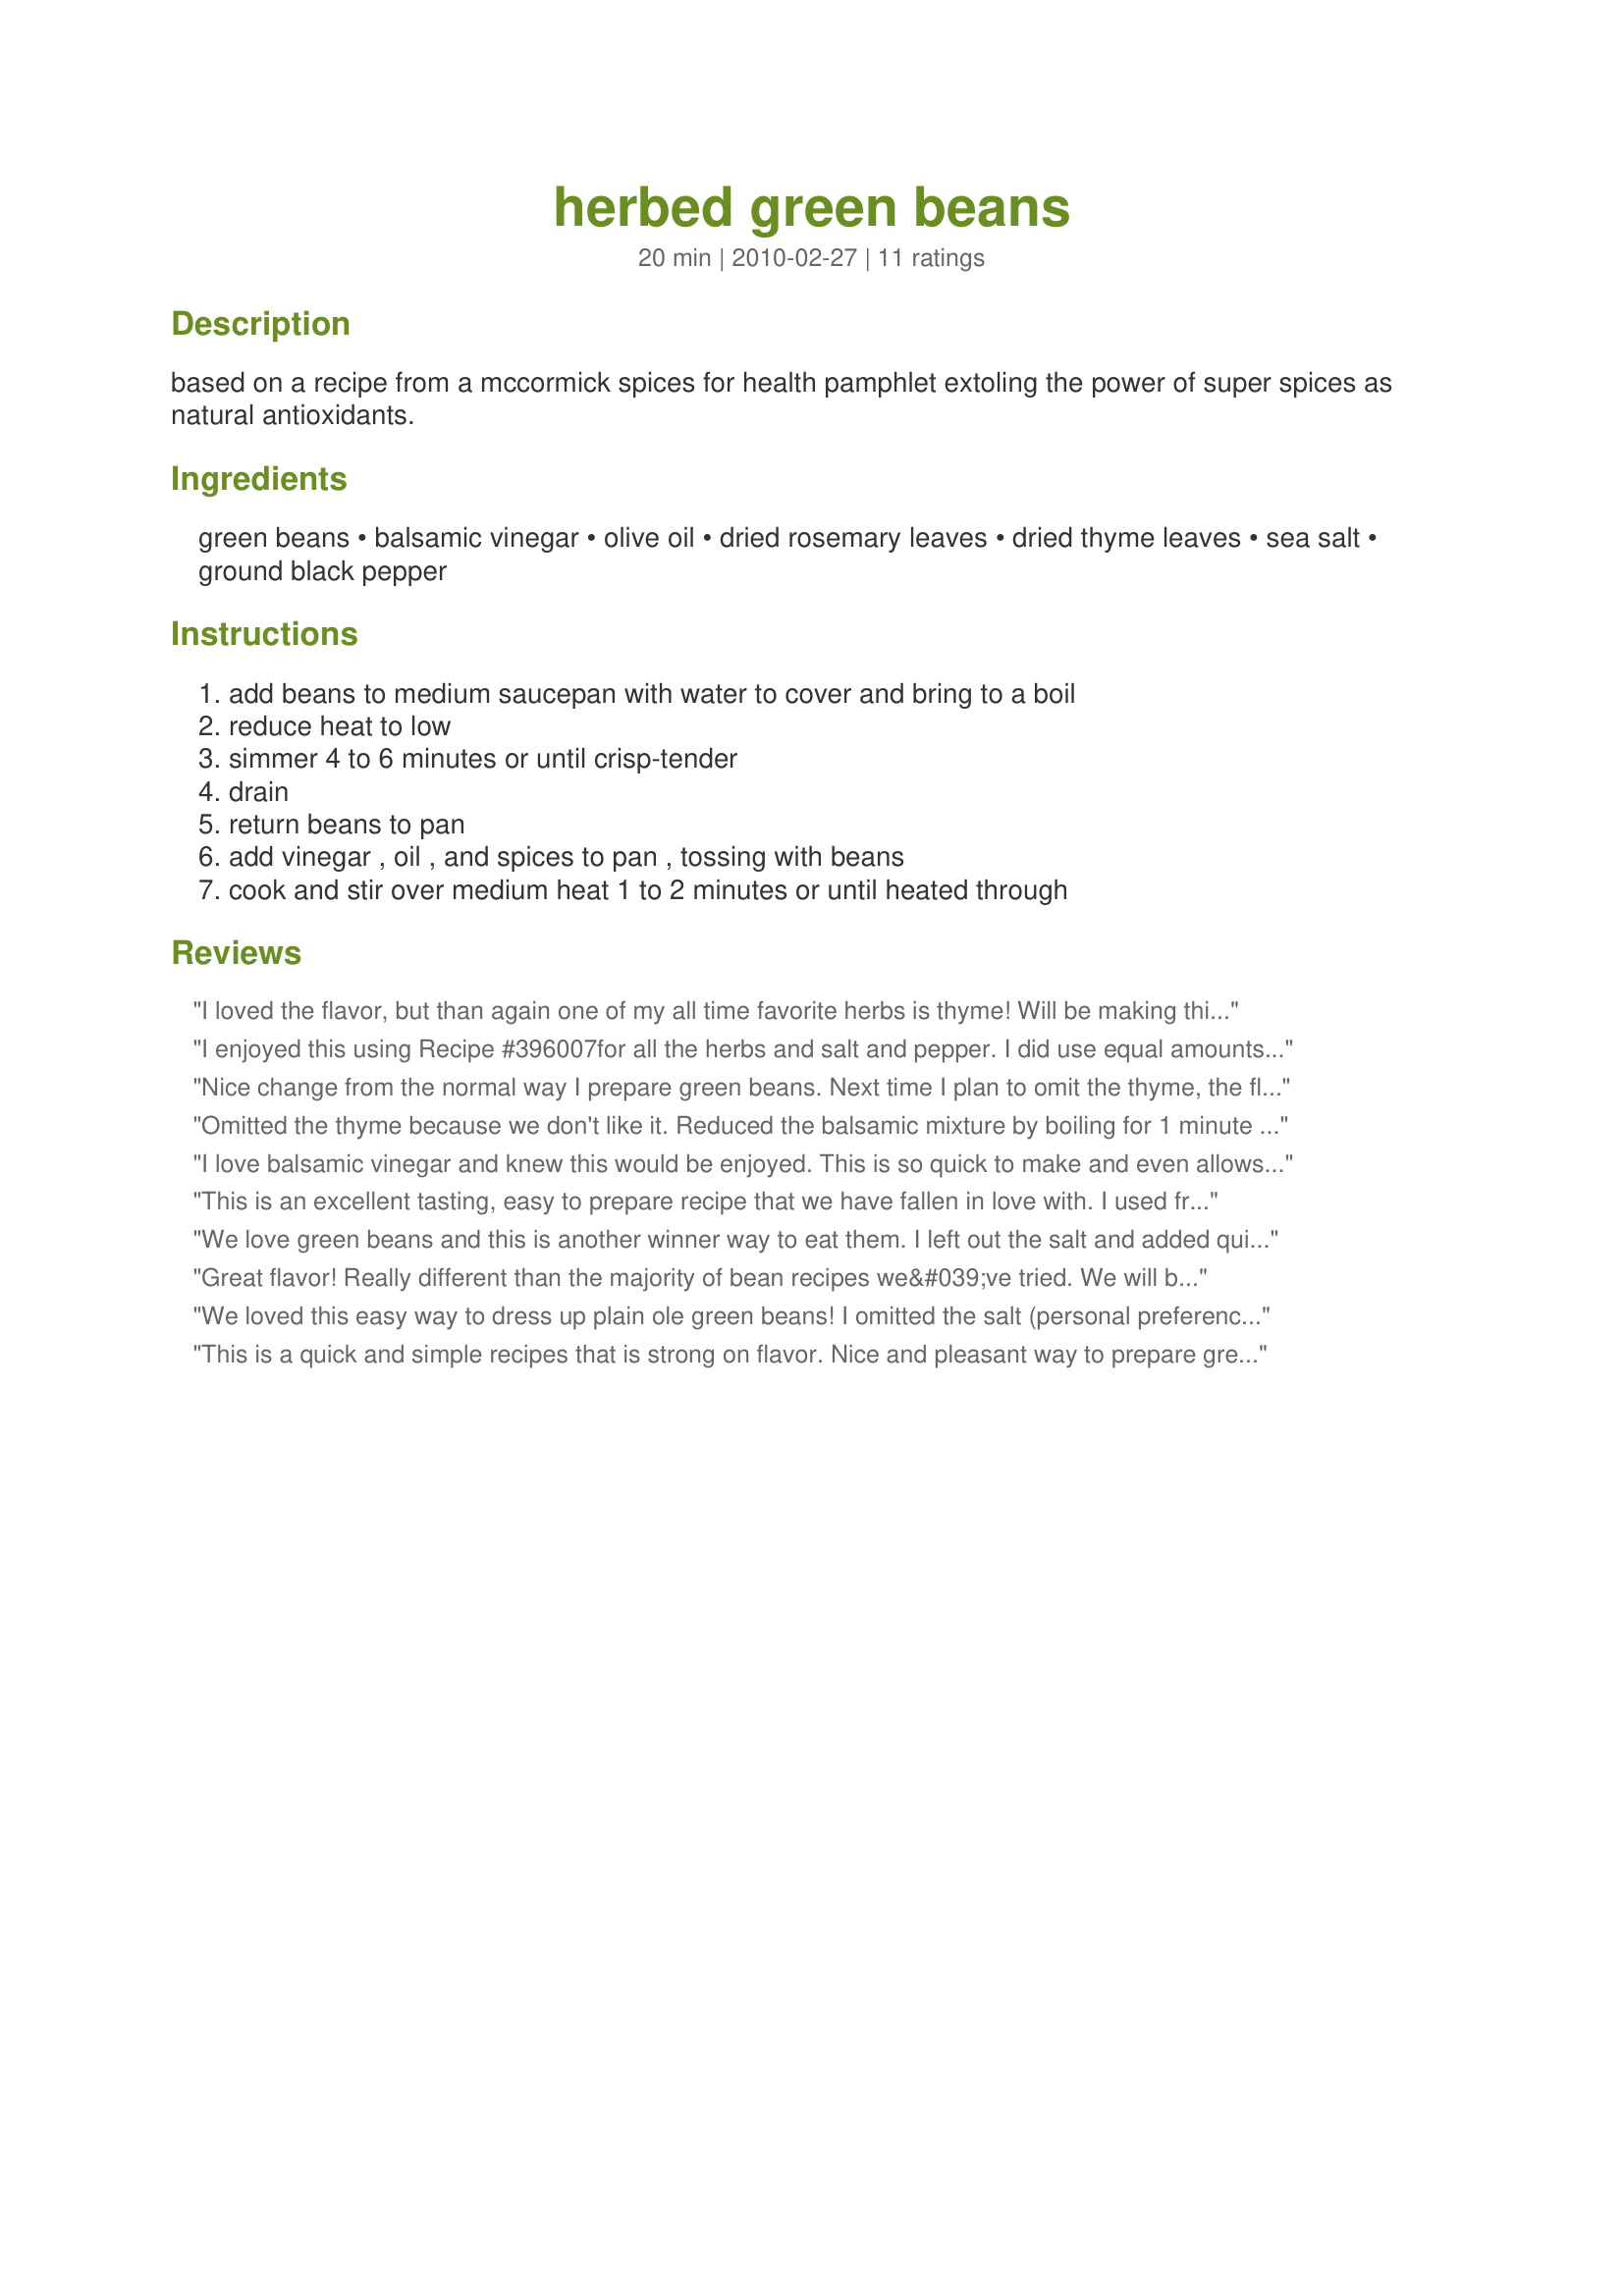
herbed green beans
Preparation time: 20 minutes

based on a recipe from a mccormick spices for health pamphlet extoling the power of super spices as natural antioxidants.

Ingredients:
green beans, balsamic vinegar, olive oil, dried rosemary leaves, dried thyme leaves, sea salt, ground black pepper

Steps:
add beans to medium saucepan with water to cover and bring to a boil, reduce heat to low, simmer 4 to 6 minutes or until crisp-tender, drain, return beans to pan, add vinegar , oil , and spices to pan , tossing with beans, cook and stir over medium heat 1 to 2 minutes or until heated through

Reviews:
I loved the flavor, but than again one of my all time favorite herbs is thyme! Will be making this recipe often especially in the summer when my fresh green beans from my garden will be plentiful. Made for Veg 'N Swap tag 2-2012.
I enjoyed this using Recipe #396007<br/>for all the herbs and salt and pepper. I did use equal amounts of olive oil and balsamic. This is quick and so easy! Squeaky good! Makes a great late night munchy when ya want something crunchy! Thanks!
Nice change from the normal way I prepare green beans. Next time I plan to omit the thyme, the flavor was very strong. My frozen green beans were bad so I used canned. DH only likes the can beans anyway so he really enjoyed them. Thanks for posting. :)
Omitted the thyme because we don't like it. Reduced the balsamic mixture by boiling for 1 minute then poured the syrup over the freshly steamed beans. Served with Recipe #441298 and plain pilaf. Fresh rosemary from the garden. Reviewed for Veg Tag November.
I love balsamic vinegar and knew this would be enjoyed. This is so quick to make and even allows for blanching the beans prior to the main meal and finishing them off just before serving. I can see me making this one again. Made for Zaar Starz.
This is an excellent tasting, easy to prepare recipe that we have fallen in love with. I used frozen green beans and I did cook a bit longer than crisp tender stage as that is how we like our beans and I also added some garlic to the mix, approx 1/4 ts of garlic powder to the dish based solely on our presonnal tastes. Totally enjoyed and on regular rotation from now on. Thanks so much for posting.
We love green beans and this is another winner way to eat them. I left out the salt and added quite a bit of black pepper. Delicious! Made for Special Event-Adopt a Veggie Tag Game 2011.
Great flavor! Really different than the majority of bean recipes we&#039;ve tried. We will be making this one again.
We loved this easy way to dress up plain ole green beans! I omitted the salt (personal preference), and we found the oil and vinegar combined with the spices to be very flavorful. The speed of preparation was an extra plus on a busy night. Thanks for sharing! Veg*n Swap 29
This is a quick and simple recipes that is strong on flavor. Nice and pleasant way to prepare green beans, will be making this again.
Wow - these beans are terrific! Easy to make and packed with flavor. I ground the herbs together and what a great combination they were with the balsamic vinegar. Loved these - thanks for sharing the recipe!
